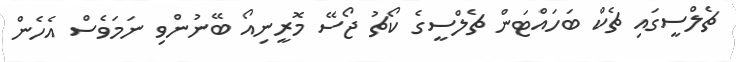
ޗެލްސީގައި ޗެކް ބަހައްޓަން ޗެލްސީގެ ކޯޗު ޖޯސޭ މޮރީނިއޯ ބޭނުންވި ނަމަވެސް އެހެން